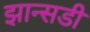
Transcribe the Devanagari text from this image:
झान्सडी